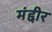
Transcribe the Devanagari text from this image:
मंद्दीर